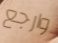
وارجع